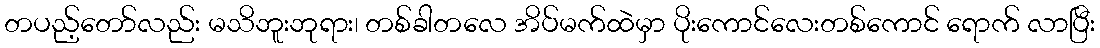
တပည့်တော်လည်း မသိဘူးဘုရား၊ တစ်ခါတလေ အိပ်မက်ထဲမှာ ပိုးကောင်လေးတစ်ကောင် ရောက် လာပြီး